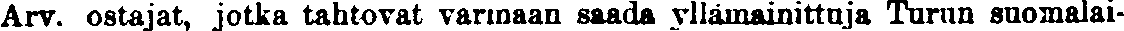
Arv. ostajat, jotka tahtovat varmaan saada yllämainittuja Turun suomalai-